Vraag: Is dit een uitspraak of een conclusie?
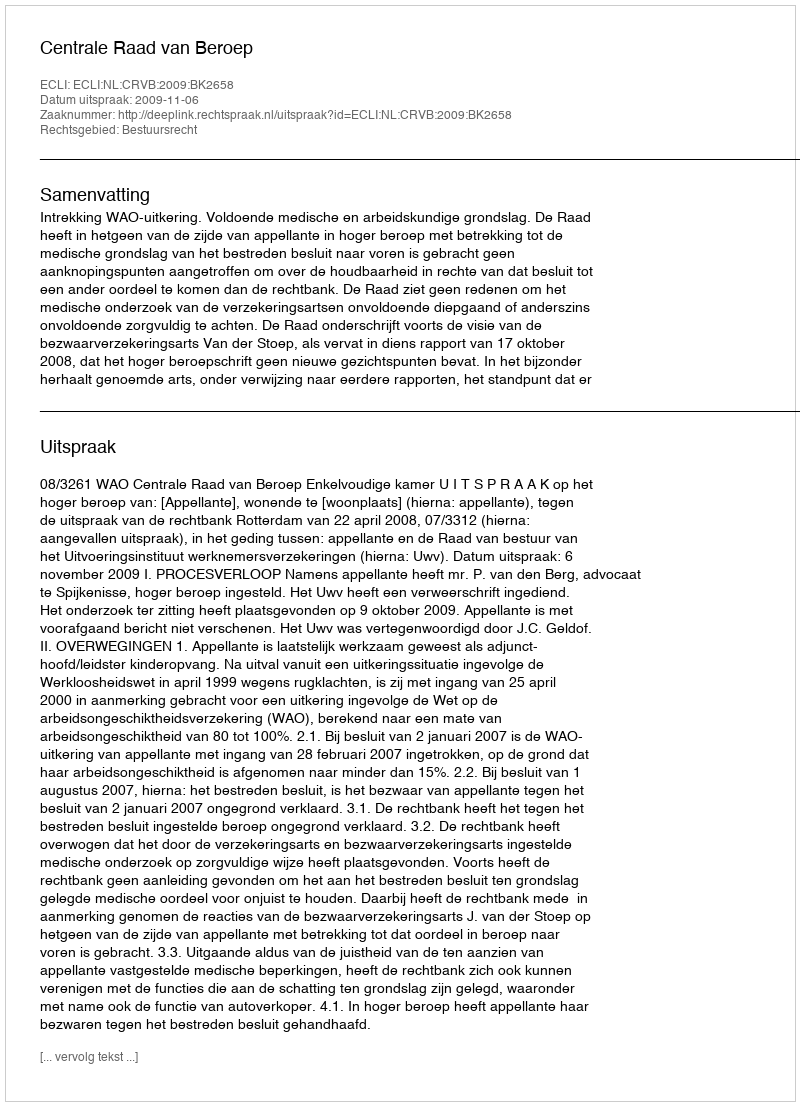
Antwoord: Uitspraak